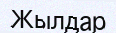
Жылдар